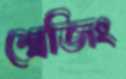
শ্লেজিং